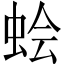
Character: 𫊹